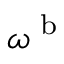
\boldsymbol { \omega } ^ { \textup { b } }